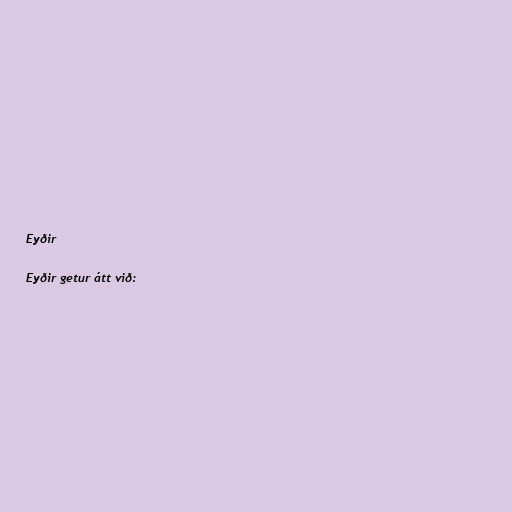
Eyðir

Eyðir getur átt við: